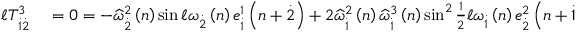
\begin{array} { r l } { \mathcal { \ell } T _ { \overset { . } { 1 } \overset { . } { 2 } } ^ { 3 } } & { { } = 0 = - \widehat { \omega } _ { \overset { . } { 2 } } ^ { 2 } \left( n \right) \sin \mathcal { \ell } \omega _ { \overset { . } { 2 } } \left( n \right) e _ { \overset { . } { 1 } } ^ { 1 } \left( n + \overset { . } { 2 } \right) + 2 \widehat { \omega } _ { \overset { . } { 1 } } ^ { 2 } \left( n \right) \widehat { \omega } _ { \overset { . } { 1 } } ^ { 3 } \left( n \right) \sin ^ { 2 } \frac { 1 } { 2 } \mathcal { \ell } \omega _ { \overset { . } { 1 } } \left( n \right) e _ { \overset { . } { 2 } } ^ { 2 } \left( n + \overset { . } { 1 } \right) } \end{array}